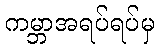
ကမ္ဘာအရပ်ရပ်မှ